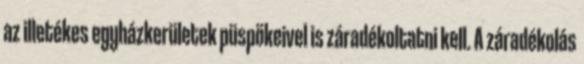
az illetékes egyházkerületek püspökeivel is záradékoltatni kell. A záradékolás